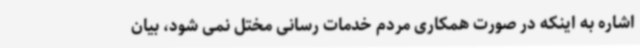
اشاره به اینکه در صورت همکاری مردم خدمات رسانی مختل نمی شود، بیان